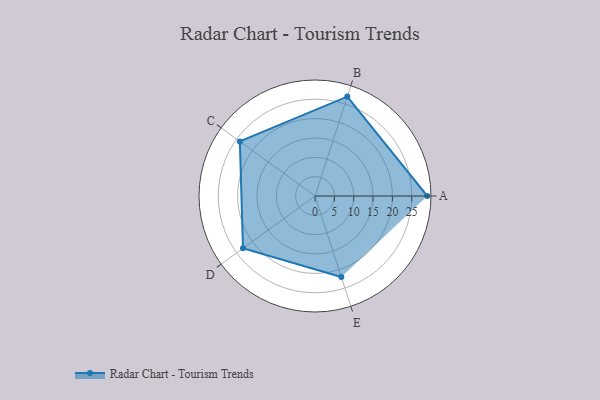
{"axis": {"x": "Skill", "y": "Score"}, "legend": ["Profile"], "data": [{"x": "A", "y": 29.0, "type": "Profile"}, {"x": "B", "y": 27.0, "type": "Profile"}, {"x": "C", "y": 24.0, "type": "Profile"}, {"x": "D", "y": 23.0, "type": "Profile"}, {"x": "E", "y": 22.0, "type": "Profile"}]}